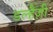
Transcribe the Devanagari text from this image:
डल्हैज़ी